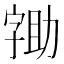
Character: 𭓖